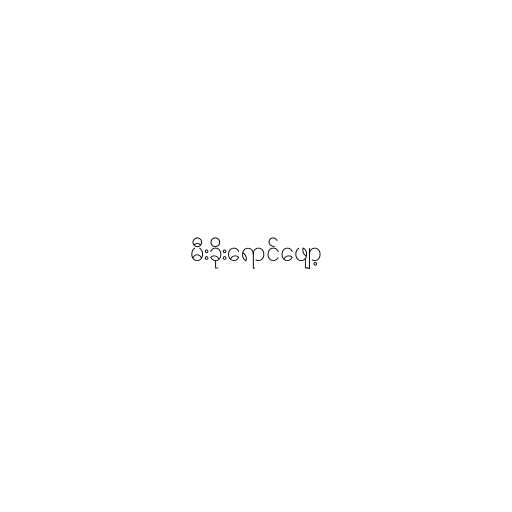
မီးခိုးရောင်ဖျော့